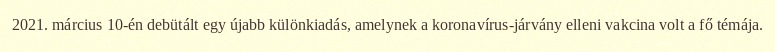
2021. március 10-én debütált egy újabb különkiadás, amelynek a koronavírus-járvány elleni vakcina volt a fő témája.